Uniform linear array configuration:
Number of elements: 32
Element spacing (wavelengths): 1
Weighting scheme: blackman
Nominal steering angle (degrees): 60
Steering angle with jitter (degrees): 59.969
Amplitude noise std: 0.05
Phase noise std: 0.05

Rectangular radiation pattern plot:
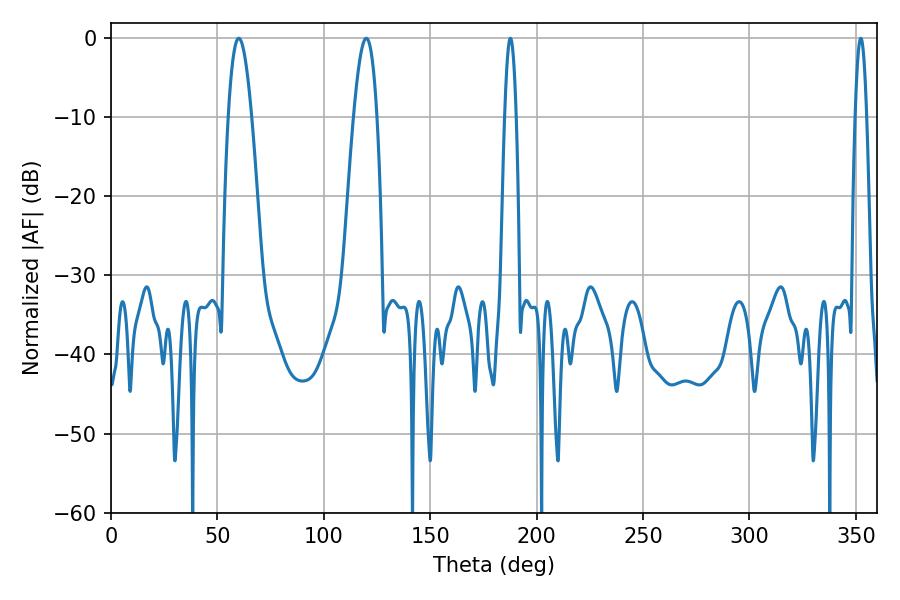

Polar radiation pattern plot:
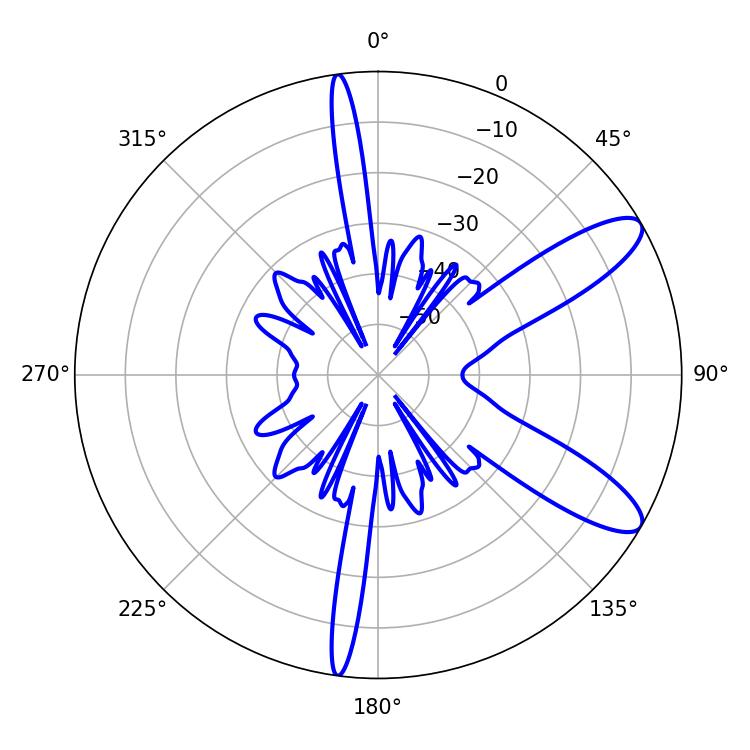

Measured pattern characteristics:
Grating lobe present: TRUE
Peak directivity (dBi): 10.398
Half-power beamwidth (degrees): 5.94
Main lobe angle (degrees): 60.12